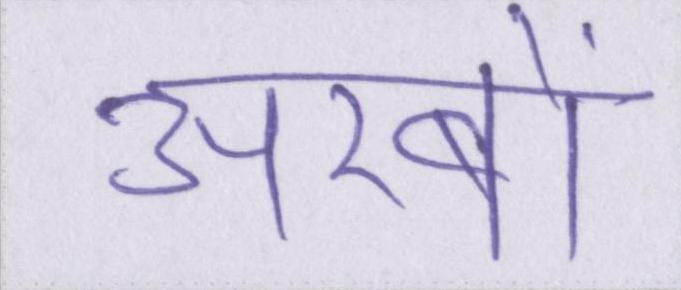
अरबों